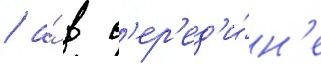
/ а́ в с'ер'ед'и́н'е